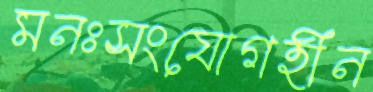
মনঃসংযোগহীন